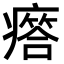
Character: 𤺥